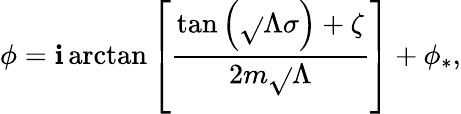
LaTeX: \phi=\mathbf{i}\arctan\left[\frac{{\tan\left(\sqrt{}{{\Lambda}}\sigma\right)+\zeta}}{{2m\sqrt{}{{\Lambda}}}}\right]+\phi_{*},